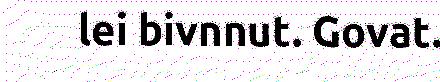
lei bivnnut. Govat.